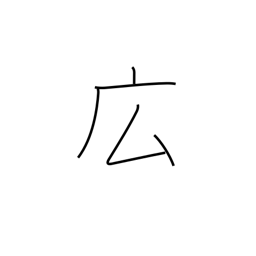
Meaning: spacious